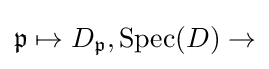
{\mathfrak {p}}\mapsto D_{\mathfrak {p}},\operatorname {Spec} (D)\to